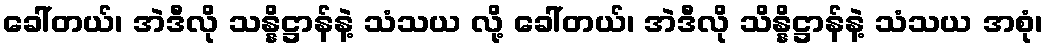
ခေါ်တယ်၊ အဲဒီလို သန္နိဋ္ဌာန်နဲ့ သံသယ လို့ ခေါ်တယ်၊ အဲဒီလို သိန္နိဋ္ဌာန်နဲ့ သံသယ အစုံ၊